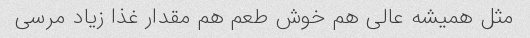
مثل همیشه عالی هم خوش طعم هم مقدار غذا زیاد مرسی